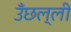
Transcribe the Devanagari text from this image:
उँछल्ली